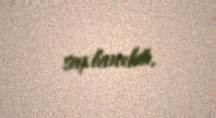
saxlanılıb.